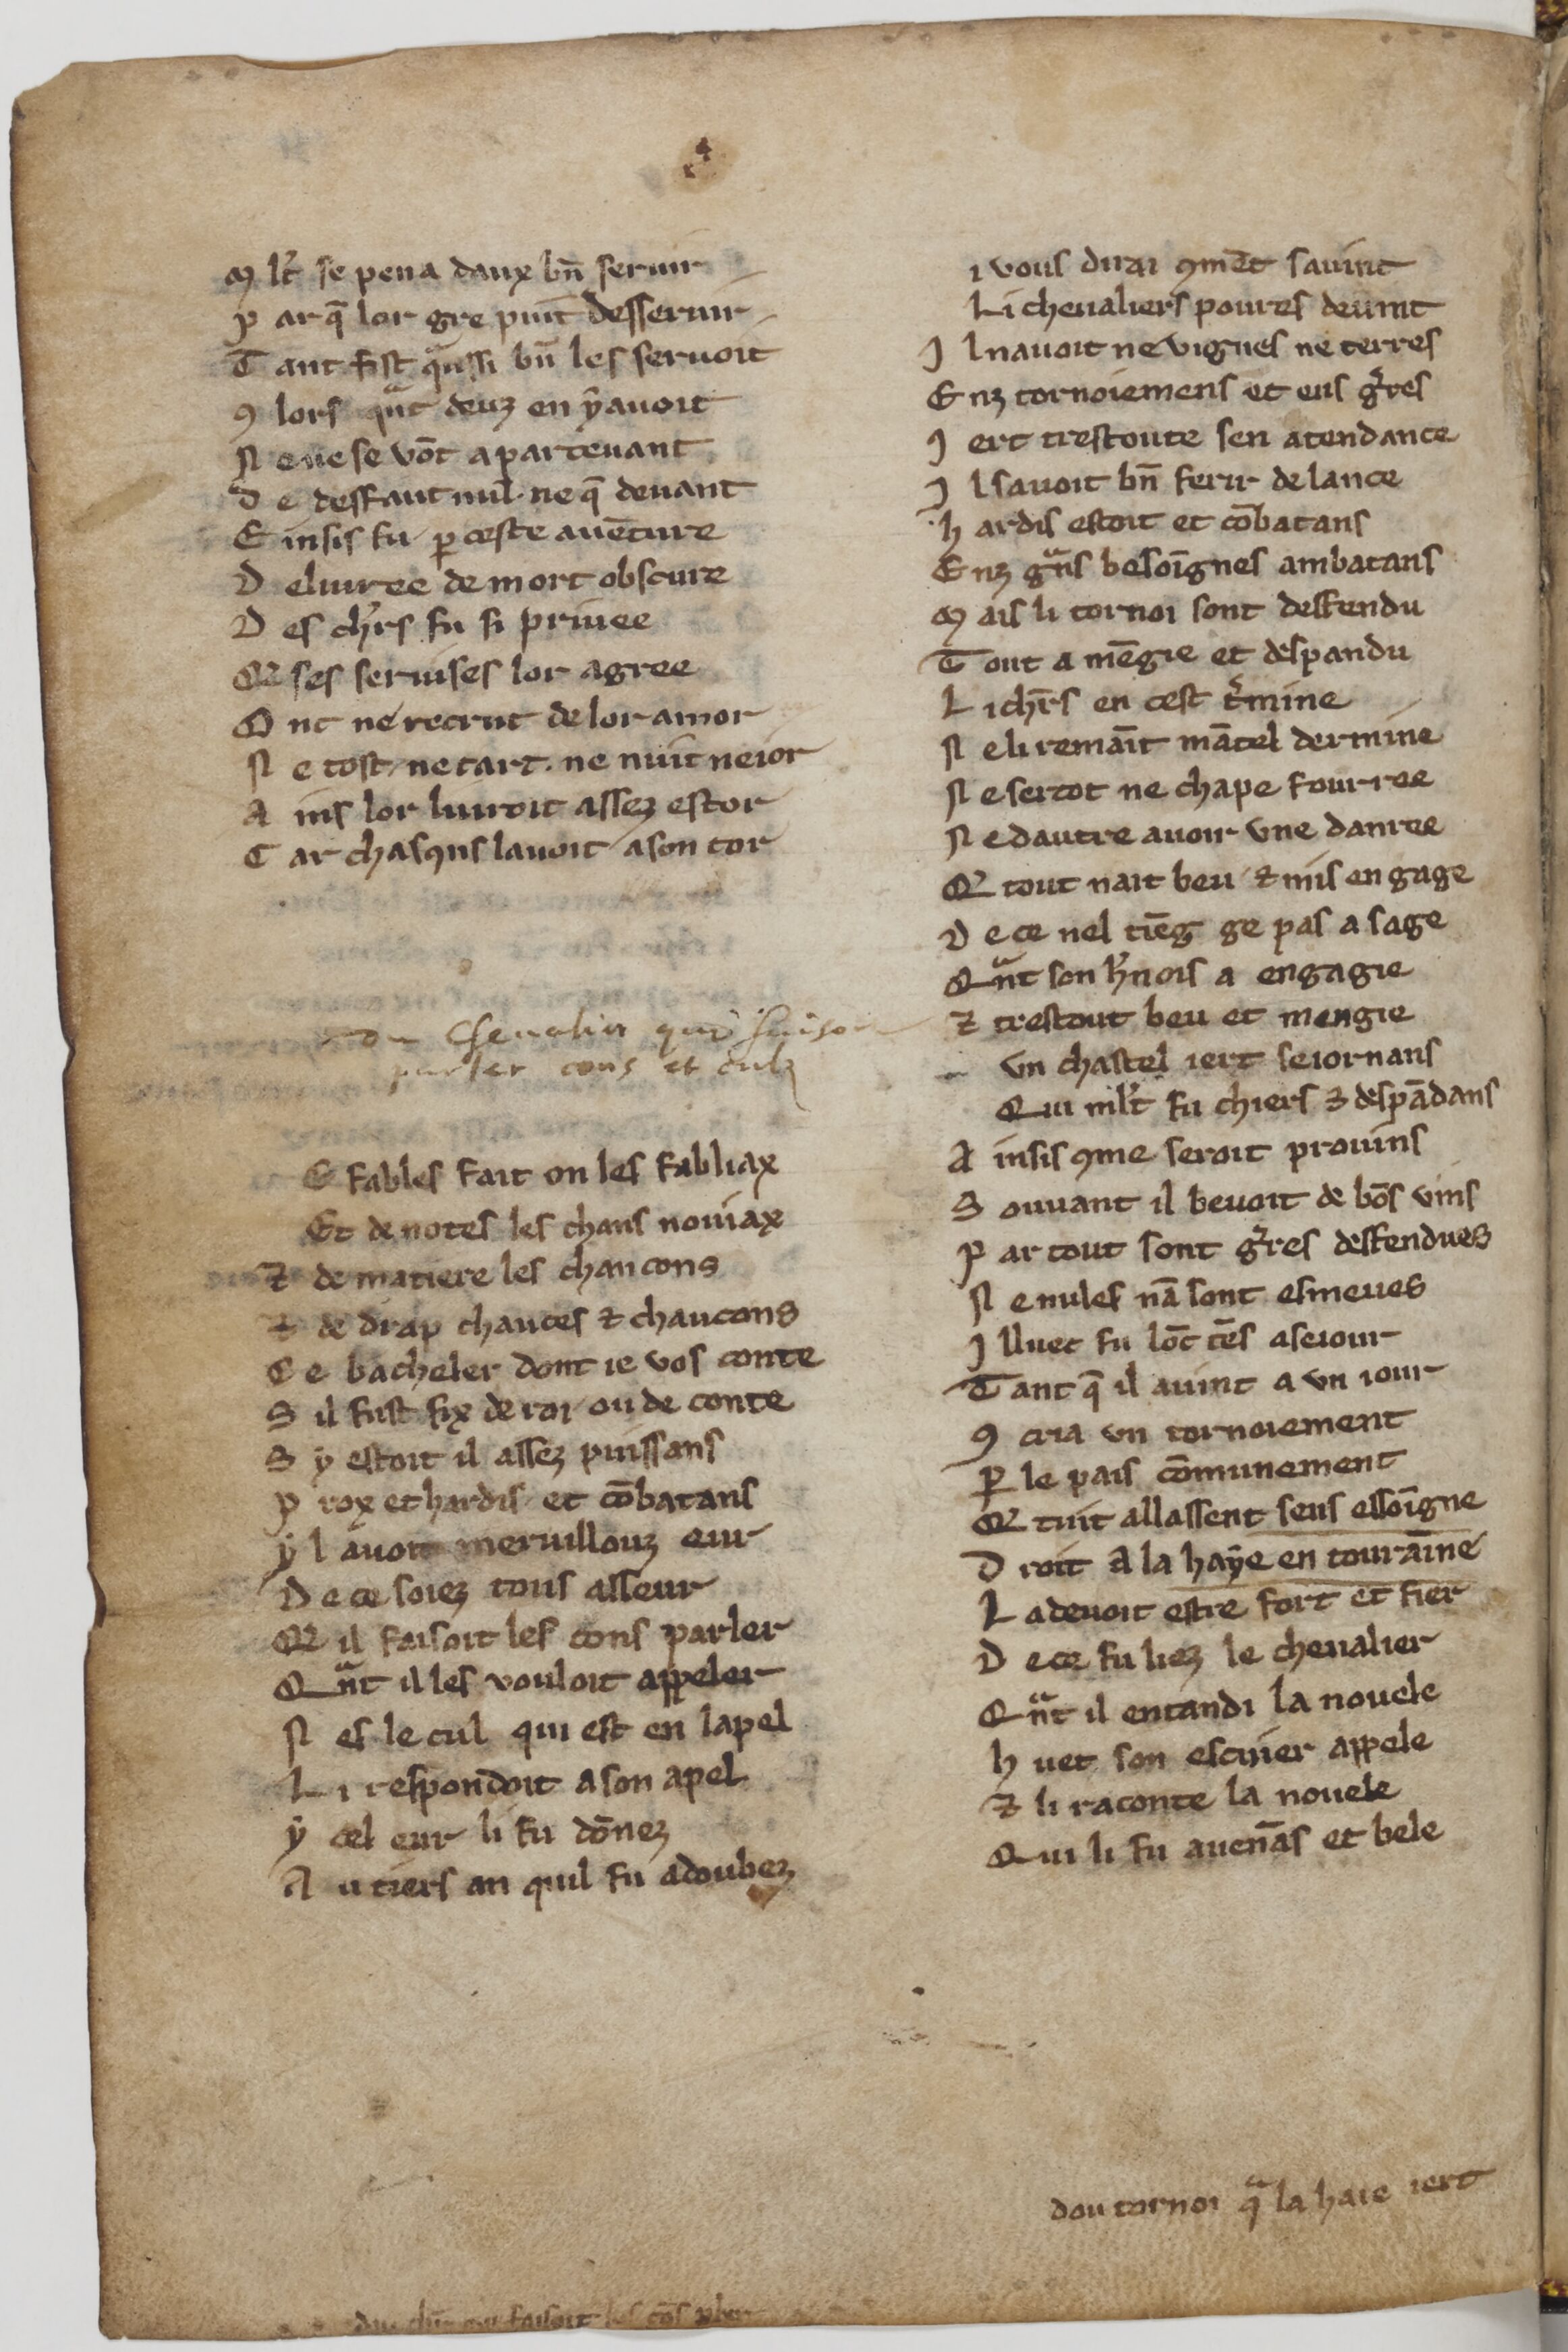
Shelfmark: Paris, BnF, fr. 25545
Century: 14